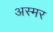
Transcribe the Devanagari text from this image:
अस्मर